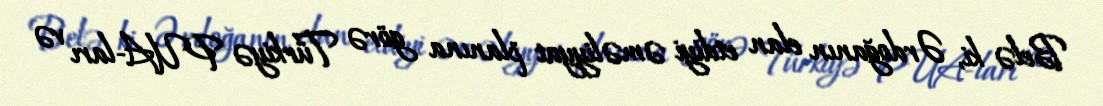
Belə ki, Ərdoğanın elan etdiyi əməliyyat planına görə Türkiyə PUA-ları və